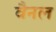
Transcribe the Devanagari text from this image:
वैनल